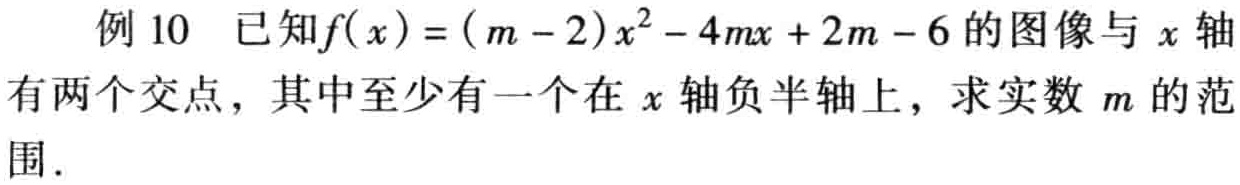
例 10 已知\(f(x)=(m - 2)x^{2}-4mx + 2m - 6\)的图像与\(x\)轴有两个交点，其中至少有一个在\(x\)轴负半轴上，求实数\(m\)的范围．